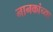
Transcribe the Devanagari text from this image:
नानकांच्या